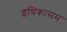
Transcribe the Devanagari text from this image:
इथिकासम